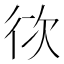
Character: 𭛨